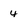
Character: 4